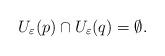
LaTeX: \begin{align*}U_{\varepsilon}(p)\cap U_{\varepsilon}(q)=\emptyset.\end{align*}